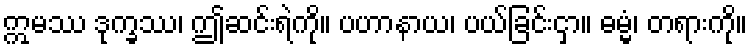
ဣမဿ ဒုက္ခဿ၊ ဤဆင်းရဲကို။ ပဟာနာယ၊ ပယ်ခြင်းငှာ။ ဓမ္မံ၊ တရားကို။